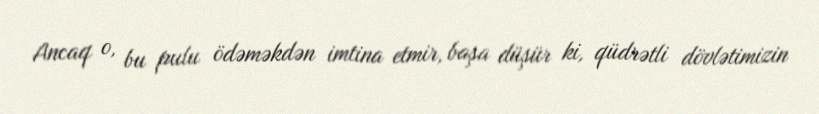
Ancaq o, bu pulu ödəməkdən imtina etmir, başa düşür ki, qüdrətli dövlətimizin